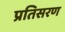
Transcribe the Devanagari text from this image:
प्रतिसरण